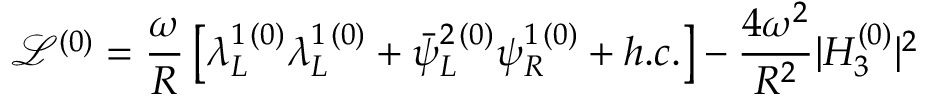
\mathcal { L } ^ { ( 0 ) } = \frac { \omega } { R } \left[ \lambda _ { L } ^ { 1 \, ( 0 ) } \lambda _ { L } ^ { 1 \, ( 0 ) } + \bar { \psi } _ { L } ^ { 2 \, ( 0 ) } \psi _ { R } ^ { 1 \, ( 0 ) } + h . c . \right] - \frac { 4 \omega ^ { 2 } } { R ^ { 2 } } | H _ { 3 } ^ { ( 0 ) } | ^ { 2 }